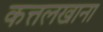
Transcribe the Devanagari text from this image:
कत्तलखाना